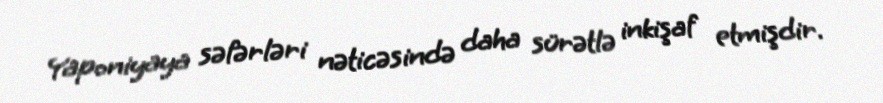
Yaponiyaya səfərləri nəticəsində daha sürətlə inkişaf etmişdir.